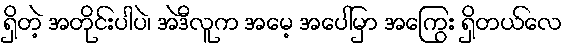
ရှိတဲ့ အတိုင်းပါပဲ၊ အဲဒီလူက အမေ့ အပေါ်မှာ အကြွေး ရှိတယ်လေ